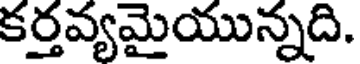
కర్తవ్యమైయున్నది.